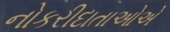
નોકરીદાતાઓએ